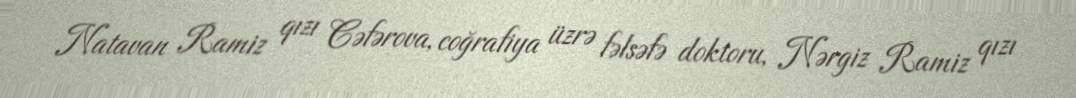
Natavan Ramiz qızı Cəfərova, coğrafiya üzrə fəlsəfə doktoru, Nərgiz Ramiz qızı